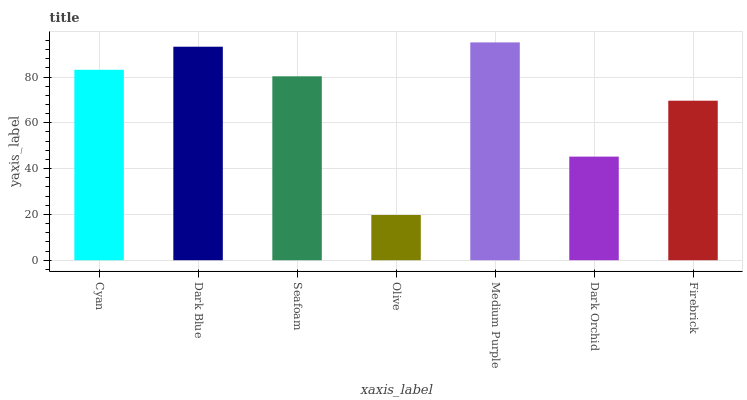
| xaxis_label | bars |
 | --- | --- |
 | Cyan | 83.2 |
 | Dark Blue | 93.2 |
 | Seafoam | 80.3 |
 | Olive | 19.8 |
 | Medium Purple | 95.1 |
 | Dark Orchid | 45.3 |
 | Firebrick | 69.7 |